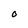
Character: M